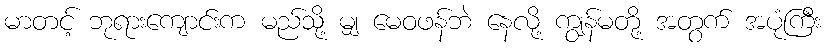
မာတင့် ဘုရားကျောင်းက မည်သို့ မျှ မေဝဖန်ဘဲ နေလို့ ကျွန်မတို့ အတွက် အပုံကြီး